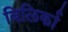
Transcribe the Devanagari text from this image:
बिलिर्का